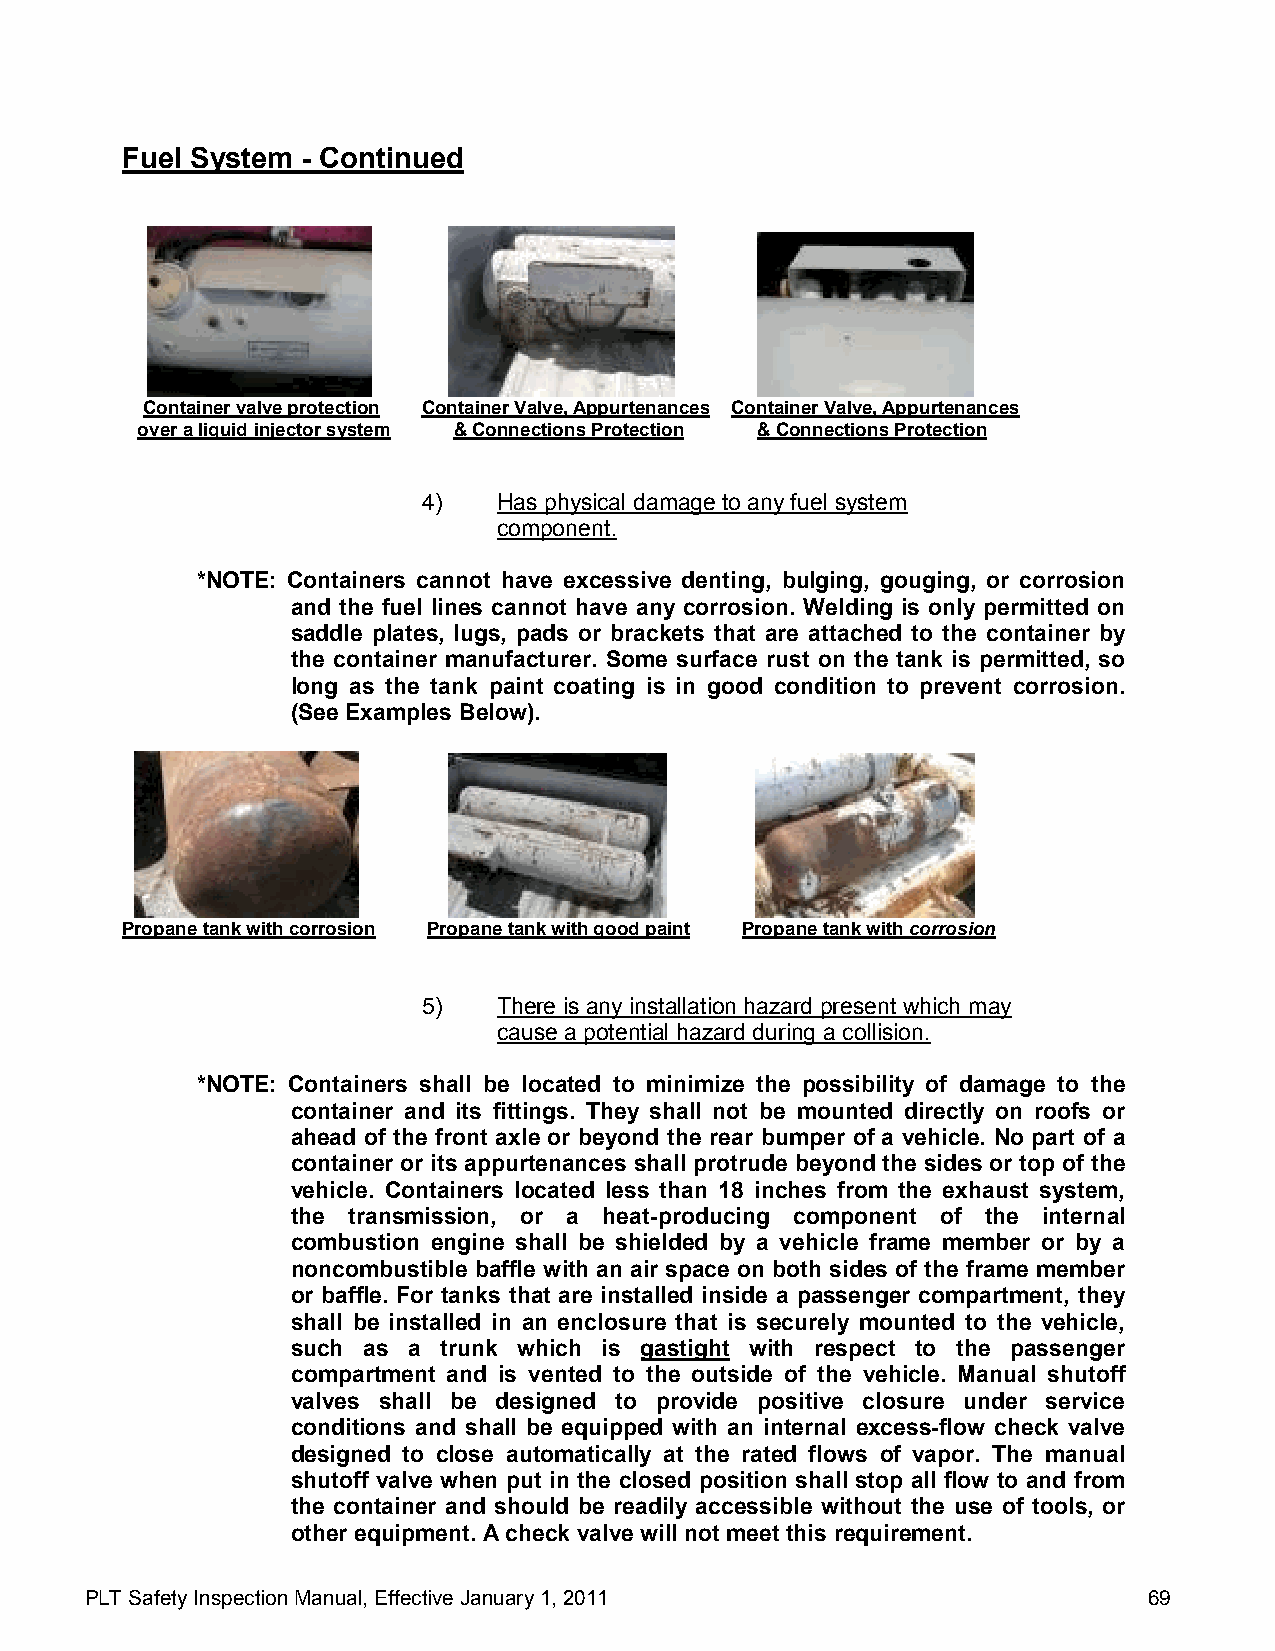
Fuel System - Continued
 Container valve protection Container Valve, Appurtenances Container Valve, Appurtenances
 over a liquid injector system & Connections Protection & Connections Protection
 4)   Has physical damage to any fuel system
 component.
 *NOTE: Containers cannot have excessive denting, bulging, gouging, or corrosion
 and the fuel lines cannot have any corrosion. Welding is only permitted on
 saddle plates, lugs, pads or brackets that are attached to the container by
 the container manufacturer. Some surface rust on the tank is permitted, so
 long as the tank paint coating is in good condition to prevent corrosion.
 (See Examples Below).
 Propane tank with corrosion Propane tank with good paint Propane tank with corrosion
 5)   There is any installation hazard present which may
 cause a potential hazard during a collision.
 *NOTE: Containers shall be located to minimize the possibility of damage to the
 container and its fittings. They shall not be mounted directly on roofs or
 ahead of the front axle or beyond the rear bumper of a vehicle. No part of a
 container or its appurtenances shall protrude beyond the sides or top of the
 vehicle. Containers located less than 18 inches from the exhaust system,
 the transmission, or a heat-producing component of the internal
 combustion engine shall be shielded by a vehicle frame member or by a
 noncombustible baffle with an air space on both sides of the frame member
 or baffle. For tanks that are installed inside a passenger compartment, they
 shall be installed in an enclosure that is securely mounted to the vehicle,
 such as a trunk which is gastight with respect to the passenger
 compartment and is vented to the outside of the vehicle. Manual shutoff
 valves shall be designed to provide positive closure under service
 conditions and shall be equipped with an internal excess-flow check valve
 designed to close automatically at the rated flows of vapor. The manual
 shutoff valve when put in the closed position shall stop all flow to and from
 the container and should be readily accessible without the use of tools, or
 other equipment. A check valve will not meet this requirement.
 PLT Safety Inspection Manual, Effective January 1, 2011               69